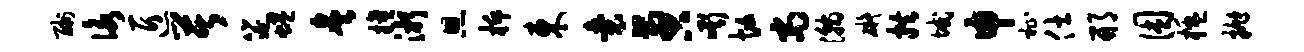
酬咏匠苦筵蜷炙擅淅恩柝东囊啻嘶忙尚瀚碍拱域申祉仕邢困楹抛